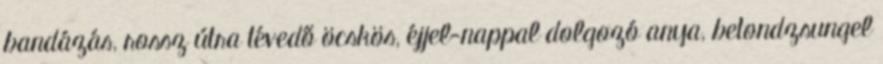
bandázás, rossz útra tévedő öcskös, éjjel-nappal dolgozó anya, betondzsungel